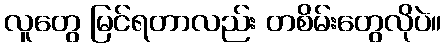
လူတွေ မြင်ရတာလည်း တစိမ်းတွေလိုပဲ။